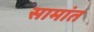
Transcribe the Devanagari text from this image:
सामांत